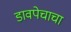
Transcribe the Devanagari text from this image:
डावपेचाचा